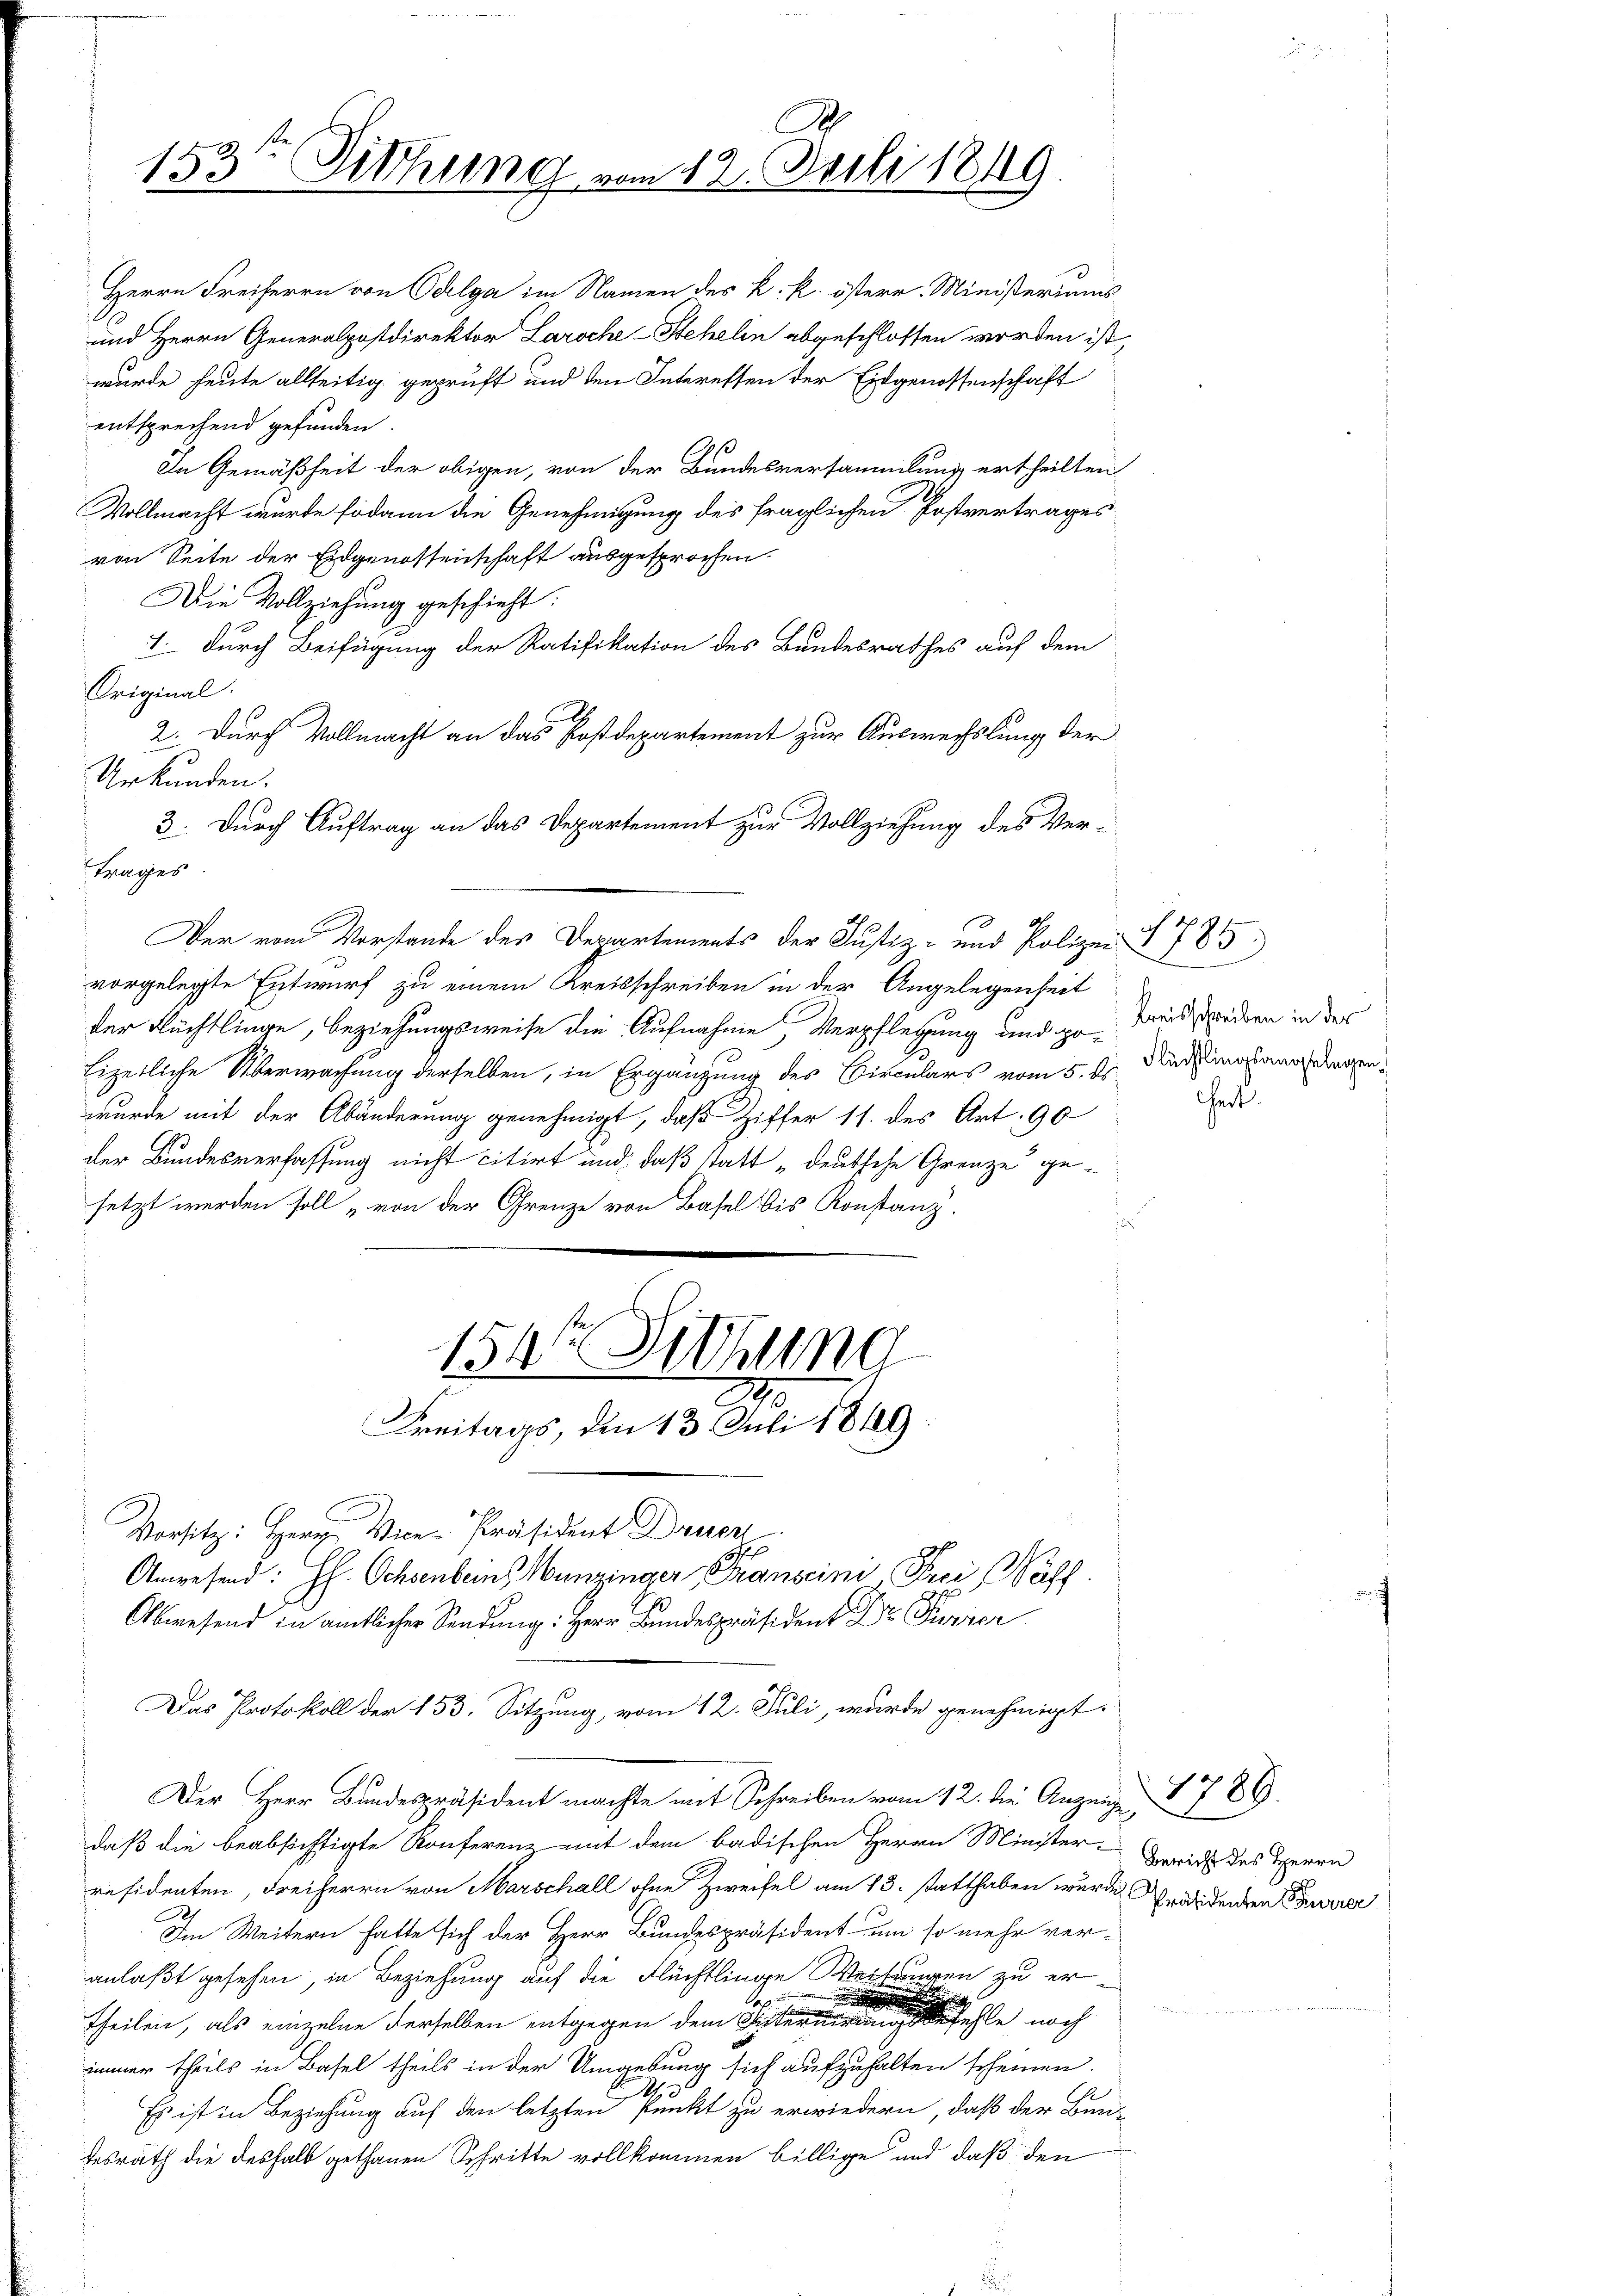
153te Sitzung vom 12. Juli 1819.

Herrn Freiherrn von Olga im Namen des k. k. östere Ministeriums
und Herrn Generalpostdirektor Laroche-Stehelin abgeschlossen worden ist,
wurde heute allseitig geprüft und den Interessen der Eidgenossenschaft
entsprechend gefunden.
In Gemäßheit der obigen, von der Bundesversammlung ertheilten
Vollmacht wurde sodann die Genehmigung des fraglichen Postvertrages
von Seite der Eidgenossenschaft ausgesprochen.
Die Vollziehung geschieht:
1 durch Beifügung der Ratifikation des Bundesrathes auf dem
Original.
2. Durch Vollmacht an das Postdepartement zur Auswechslung der
Urkunden.
3. Durch Auftrag an das Departement zur Vollziehung des Vertrages.
Der vom Vorstande des Departements der Justiz- und Polizei 1785
vorgelegte Entwurf zu einem Kreisschreiben in der Angelegenheit
der Flüchtlinge, beziehungsweise die Aufnahme, Verpflegung und zu Breitsschreiben in der
Eizerliche Überwachung derselben, in Ergänzung des Circulars vom 5. d. Müdigangegenwurde mit der Abänderung genehmigt, daß Ziffer 11. des Art. 90
der Bundesverfassung nicht citirt und daß statt „deutsche Grenze ge-
setzt werden soll „von der Grenze von Basel bis Konstanz.
o
154 dichung
2
Freitags, den 13. Juli 1849
Vorsitz: Herr Vice-Präsident Druck
Anwesend: H. Ochsenbeins Munzinger Franscini Frei Vahl.
Abwesend in amtlicher Sendung: Herr Bundespräsident Dr. Purier
Das Protokoll der 153. Sitzung, vom 12. Juli, wurde genehmigt.
Der Herr Bundespräsident machte mit Schreiben vom 12. die Anzeigen 1789.
daß die beabsichtigte Konferenz mit dem badischen Herrn Minister-Gerich des Herrn
räsidenten, Freiherrn von Marschall ohne Zweifel am 13. statthaben wurde, Gradenden Berec
Im Weitern hatte sich der Herr Bundespräsident um so mehr ver-
anlaßt gesehen, in Beziehung auf die Flüchtlinge Wertungen zu er-
theilen, als einzelne derselben entgegen dem ehe
immer theils in Basel theils in der Umgebung sich aufzuhalten scheinen.
1
63
Es ist in Beziehung auf den letzten Punkt zu erwiedern, daß der Bun-
desrath die deshalb gethanen Schritte vollkommen billige und daß den

heit.